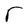
Character: r